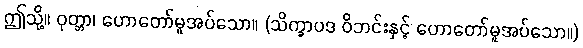
ဤသို့။ ဝုတ္တာ၊ ဟောတော်မူအပ်သော။ (သိက္ခာပဒ ဝိဘင်းနှင့် ဟောတော်မူအပ်သော။)